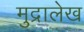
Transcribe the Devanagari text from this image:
मुद्रालेख